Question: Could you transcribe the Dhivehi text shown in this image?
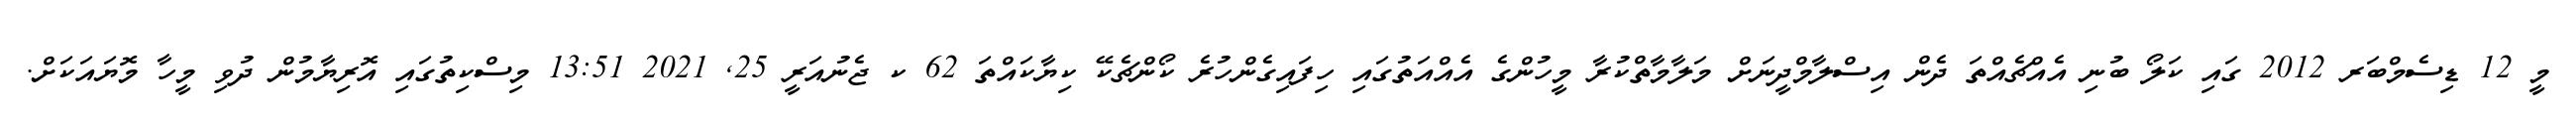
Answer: މީ 12 ޑިސެމްބަރ 2012 ގައި ކަލޯ ބުނި އެއްޗެއްތަ ދެން އިސްލާމްދީނަށް މަލާމާތްކުރާ މީހުންގެ އެއްއަތުގައި ހިފައިގެންހުރެ ކޯންޗެކޭ ކިޔާކައްތަ 62 ކ ޖެނުއަރީ 25, 2021 13:51 މިސްކިތުގައި އޮރިޔާމުން ދުވި މީހާ މޮޔައަކަށް.